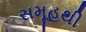
સમૂહથી